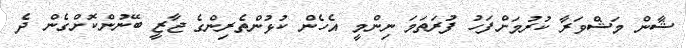
ޝާން މަޝްވަރާ ކުރުމަށްފަހު ފުރަތަމަ ނިންމީ އެހެން ކުޅުންތެރިންގެ ޖާޒީ ބޭނުންކޮށްގެން ދެ